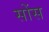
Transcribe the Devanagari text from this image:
सोंस